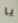
يا